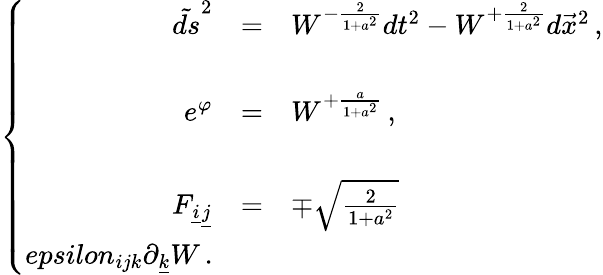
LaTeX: \left\{ \begin{array}{rcl}{{\tilde{ds}^{2}}}&{{=}}&{{W^{-\frac{2}{1+a^{2}}}dt^{2}-W^{+\frac{2}{1+a^{2}}}d\vec{x}^{2}\, ,}}\\ {{}}&{{}}&{{}}\\ {{e^{\varphi}}}&{{=}}&{{W^{+\frac{a}{1+a^{2}}}\, ,}}\\ {{}}&{{}}&{{}}\\ {{F_{\underline{{{i}}}\underline{{{j}}}}}}&{{=}}&{{\mp\sqrt{\frac{2}{1+a^{2}}}}}\\ {{epsilon_{ijk}\partial_{\underline{{{k}}}}W\, .}}\end{array}\right.